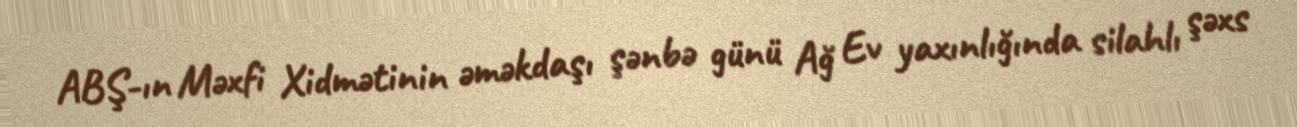
ABŞ-ın Məxfi Xidmətinin əməkdaşı şənbə günü Ağ Ev yaxınlığında silahlı şəxs